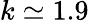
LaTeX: k\simeq 1.9